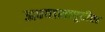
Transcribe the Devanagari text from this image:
अभ्यासापुढील